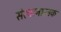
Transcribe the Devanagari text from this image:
संरचानात्नक